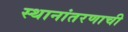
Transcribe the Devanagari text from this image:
स्थानांतरणाची